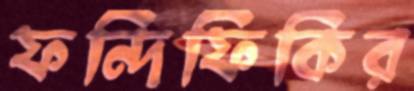
ফন্দিফিকির